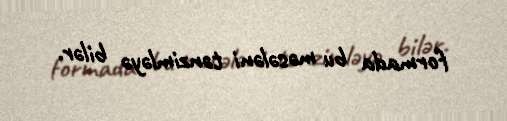
formada bu məsələni tənzimləyə bilər.